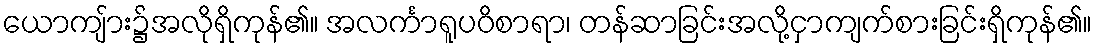
ယောကျ်ား၌အလိုရှိကုန်၏။ အလင်္ကာရူပဝိစာရာ၊ တန်ဆာခြင်းအလို့ငှာကျက်စားခြင်းရှိကုန်၏။